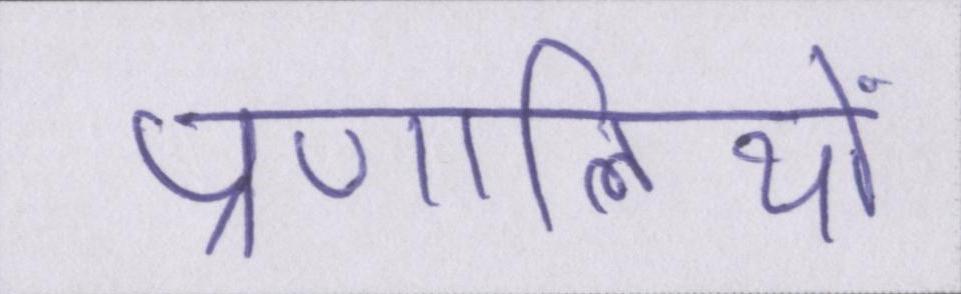
प्रणालियों